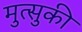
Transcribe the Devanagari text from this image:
मुत्सुकी